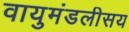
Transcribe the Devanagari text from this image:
वायुमंडलीसय